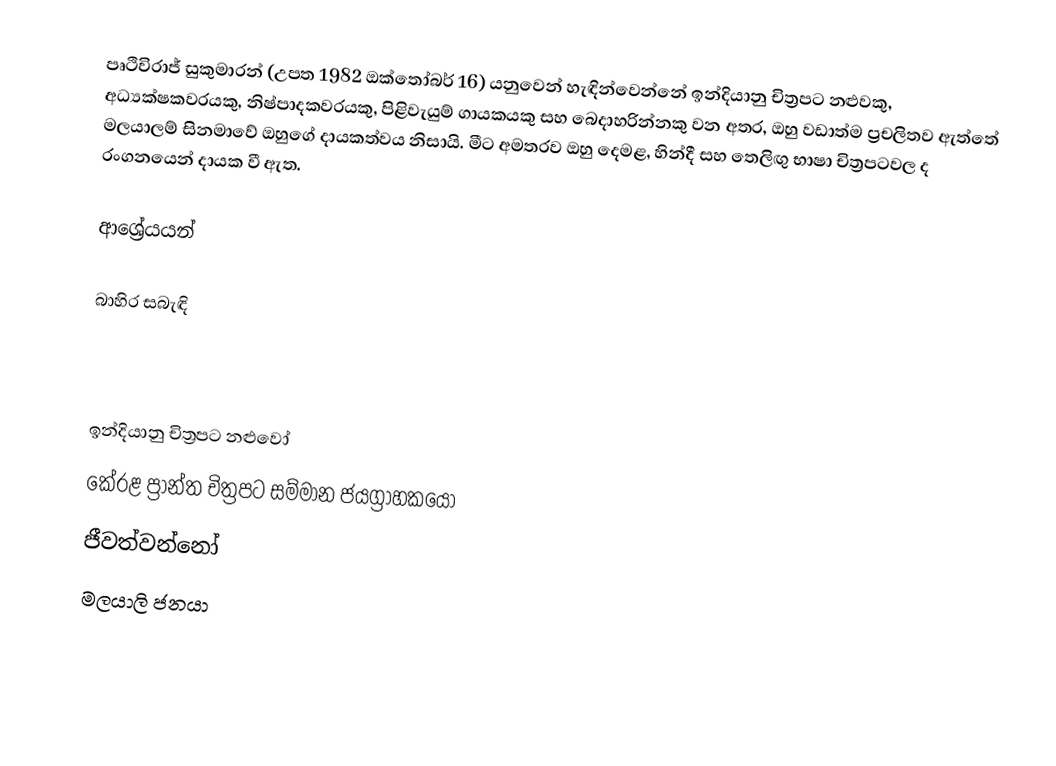
පෘථිවිරාජ් සුකුමාරන් (උපත 1982 ඔක්තෝබර් 16) යනුවෙන් හැඳින්වෙන්නේ ඉන්දියානු චිත්‍රපට නළුවකු, අධ්‍යක්ෂකවරයකු, නිෂ්පාදකවරයකු, පිළිවැයුම් ගායකයකු සහ බෙදාහරින්නකු වන අතර, ඔහු වඩාත්ම ප්‍රචලිතව ඇත්තේ මලයාලම් සිනමාවේ ඔහුගේ දායකත්වය නිසායි. මීට අමතරව ඔහු දෙමළ, හින්දී සහ තෙලිඟු භාෂා චිත්‍රපටවල ද රංගනයෙන් දායක වී ඇත.

ආශ්‍රේයයන්

බාහිර සබැඳි

ඉන්දියානු චිත්‍රපට නළුවෝ
කේරළ ප්‍රාන්ත චිත්‍රපට සම්මාන ජයග්‍රාහකයෝ
ජීවත්වන්නෝ
මලයාලි ජනයා